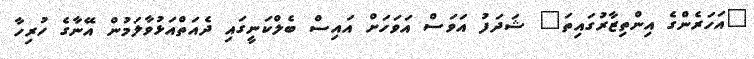
"އަހަރެންގެ އިންތިޒާރުގައިތަ" ޝަދަފު އަވަސް އަވަހަށް އައިސް ބެލްކަނީގައި ދެއަތްއަޅުވާލަމުން އޭނާގެ ހުރިހާ